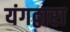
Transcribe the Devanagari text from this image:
यंगद्वारा